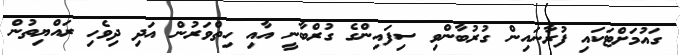
ގައުމަށްޓަކައި ފުރާނައިން ގުރުބާންވި ސިފައިންގެ ގުރްބާނީ އާއި ހިތްވަރުން އަދި ދިވެހި ރައްޔިތުން